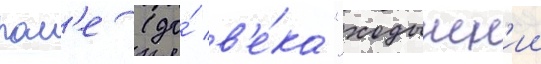
пол'е (до́ в'е́ка "ходынск'ии